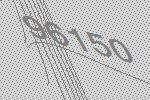
96150